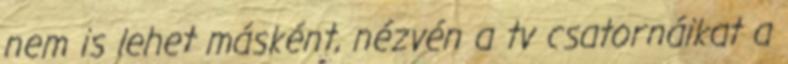
nem is lehet másként, nézvén a tv csatornáikat a